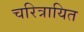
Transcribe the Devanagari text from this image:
चरित्रायित